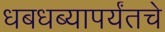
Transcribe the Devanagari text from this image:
धबधब्यापर्यंतचे